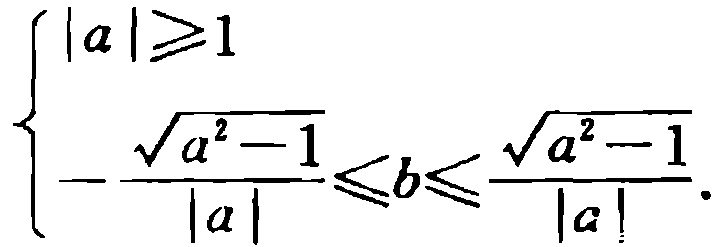
$\left\{\begin{array}{l}
|a|\geqslant 1\\
-\frac{\sqrt{a^{2}-1}}{|a|}\leqslant b\leqslant\frac{\sqrt{a^{2}-1}}{|a|}.
\end{array}\right.$